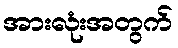
အားလုံးအတွက်